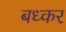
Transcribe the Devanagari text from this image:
बध्कर